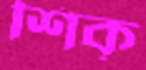
শিক্